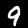
Label: 9